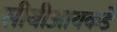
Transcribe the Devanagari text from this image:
सीबीआयकडे